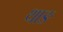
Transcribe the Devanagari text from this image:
थाङ